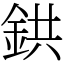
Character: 鉷